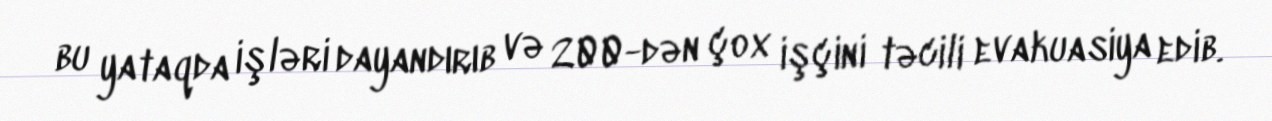
bu yataqda işləri dayandırıb və 200-dən çox işçini təcili evakuasiya edib.